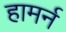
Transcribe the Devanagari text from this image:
हामर्न